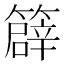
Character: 𥴬